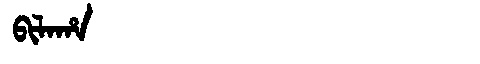
Manchu: ᠪᡳᠯᠠᡥᠠ
Romanization: BILAHA